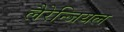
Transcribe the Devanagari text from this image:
लैरेन्जियल